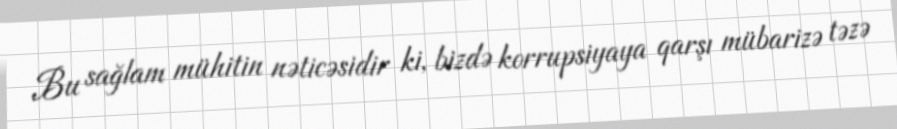
Bu sağlam mühitin nəticəsidir ki, bizdə korrupsiyaya qarşı mübarizə təzə